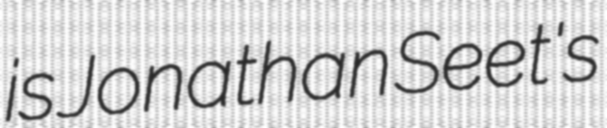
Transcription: is Jonathan Seet's